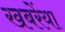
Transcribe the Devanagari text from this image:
खबरेंया